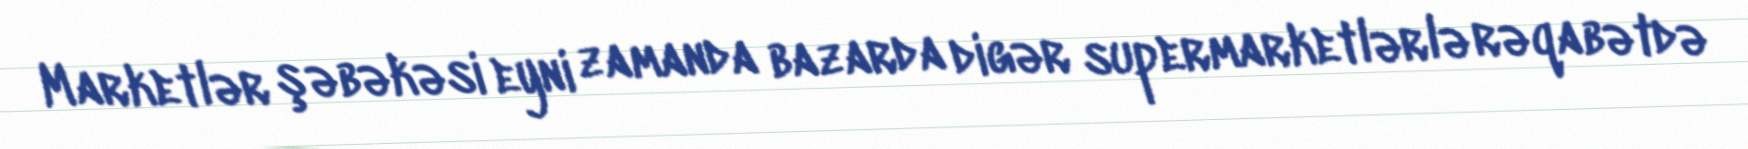
Marketlər şəbəkəsi eyni zamanda bazarda digər supermarketlərlə rəqabətdə